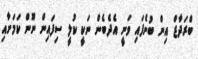
ބްރަދާޒް އިން ބުނެފައި ވަނީ އެދެބެން ނަކީ ކުލީ ސިފައިން ނޫން ކަމަށާއި